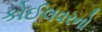
કોઈલવરનો